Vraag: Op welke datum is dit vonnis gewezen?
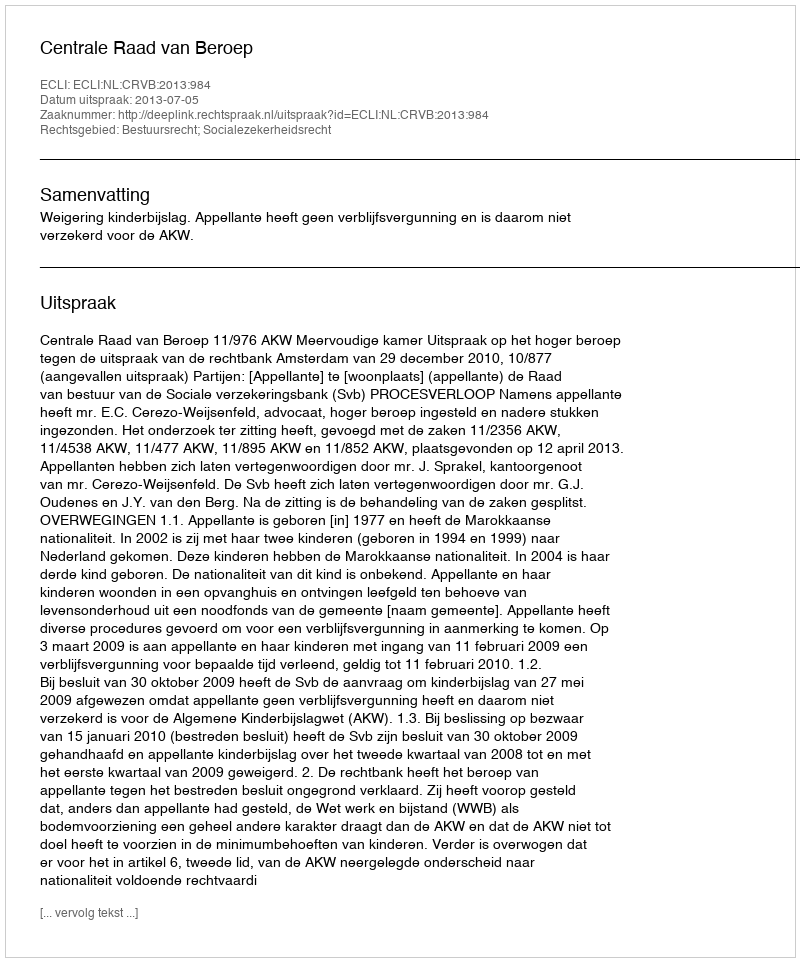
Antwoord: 2013-07-05